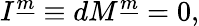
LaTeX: I^{\underline{{{m}}}}\equiv dM^{\underline{{{m}}}}=0,